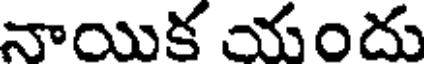
నాయిక యందు